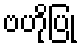
ဗဟိုပြု